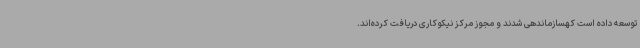
توسعه داده است کهسازماندهی شدند و مجوز مرکز نیکوکاری دریافت کرده‌اند.